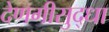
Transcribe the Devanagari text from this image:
देणगीसुद्धा